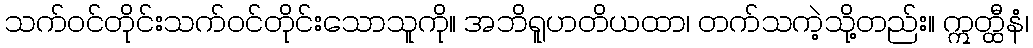
သက်ဝင်တိုင်းသက်ဝင်တိုင်းသောသူကို။ အဘိရူဟတိယထာ၊ တက်သကဲ့သို့တည်း။ ဣတ္ထီနံ၊